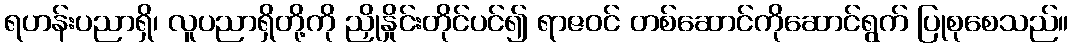
ရဟန်းပညာရှိ၊ လူပညာရှိတို့ကို ညှိုနှိုင်းတိုင်ပင်၍ ရာဇဝင် တစ်ဆောင်ကိုဆောင်ရွက် ပြုစုစေသည်။